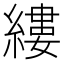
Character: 縷